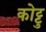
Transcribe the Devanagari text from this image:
कोट्टु